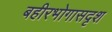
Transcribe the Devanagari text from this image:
बहीरभोगासदृश